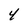
Character: 4